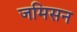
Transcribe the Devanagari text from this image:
जमिसन